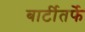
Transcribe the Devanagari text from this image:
बार्टीतर्फे